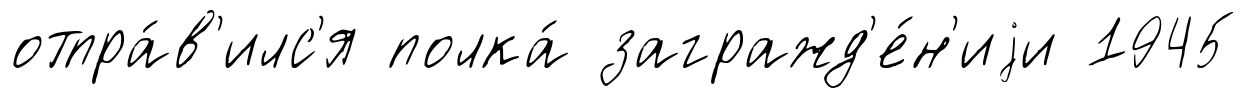
отпра́в'илс'я полка́ загражд'е́н'иjи 1945